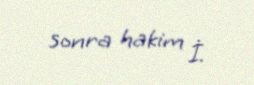
sonra hakim İ.